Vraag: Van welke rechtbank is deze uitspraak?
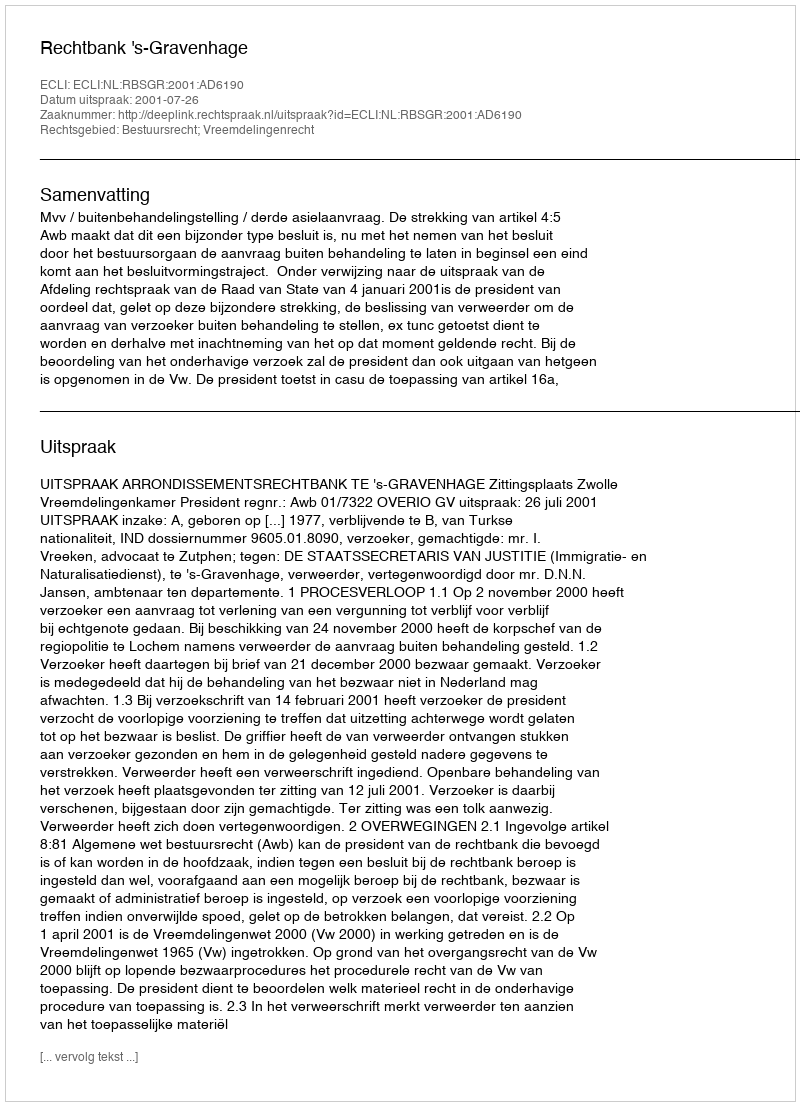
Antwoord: Rechtbank 's-Gravenhage